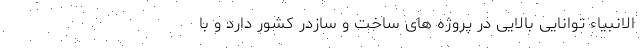
الانبیاء توانایی بالایی در پروژه های ساخت و سازدر کشور دارد و با